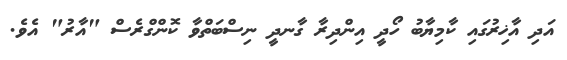
އަދި އާޚިރުގައި ކާމިޔާބު ހޯދީ އިންދިރާ ގާނދީ ނިސްބަތްވާ ކޮންގްރެސް "އާރު" އެވެ.